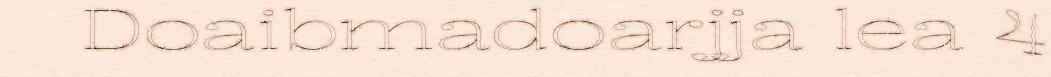
Doaibmadoarjja lea 4